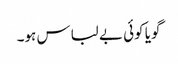
گویا کوئی بے لباس ہو۔